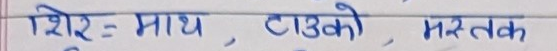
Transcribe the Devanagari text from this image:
शिर = माथ, टाउको, मस्तक